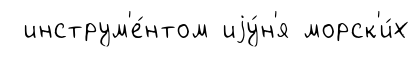
инструм'е́нтом иjу́н'я морск'и́х